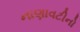
નાણાવટીનો